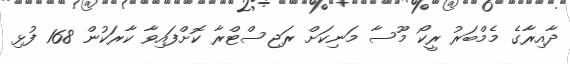
ދާއިރާގެ މެމްބަރު ރީކޯ މޫސާ މަނިކަށް ރަޖިސްޓްރާ ކޮށްފައިވާ ކާރަކުން 168 ފުޅި